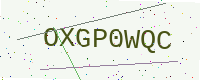
Text: OXGP0WQC